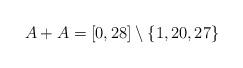
LaTeX: \begin{align*}A+A = [0,28] \setminus \{1,20,27\}\end{align*}